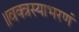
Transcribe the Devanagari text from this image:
॥वक्त्रस्याभरणं